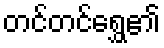
တင်တင်ရွှေ၏